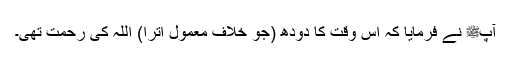
آپﷺ نے فرمایا کہ اس وقت کا دودھ (جو خلافِ معمول اترا) اللہ کی رحمت تھی۔